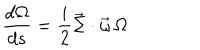
\frac { d \Omega } { d s } = \frac { i } { 2 } \vec { \Sigma } \cdot \vec { \omega } \, \Omega